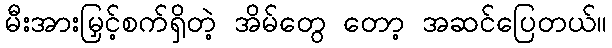
မီးအားမြှင့်စက်ရှိတဲ့ အိမ်တွေ တော့ အဆင်ပြေတယ်။